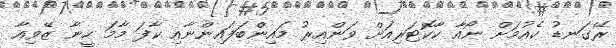
ރޭގަނޑު ކެއުމަށް ނޯއާ ކާކޮޓަރިއަށް ވަންއިރު މައިންބަފައިންނާއި ކާފަ މާމަ ހީނާ ޒޭވިއާ